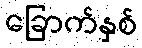
ခြောက်နှစ်